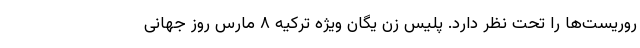
روریست‌ها را تحت نظر دارد. پلیس زن یگان ویژه ترکیه ۸ مارس روز جهانی